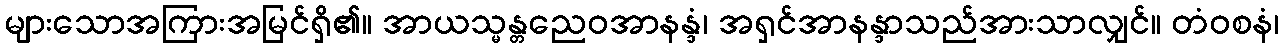
များသောအကြားအမြင်ရှိ၏။ အာယသ္မန္တညေဝအာနန္ဒံ၊ အရှင်အာနန္ဒာသည်အားသာလျှင်။ တံဝစနံ၊